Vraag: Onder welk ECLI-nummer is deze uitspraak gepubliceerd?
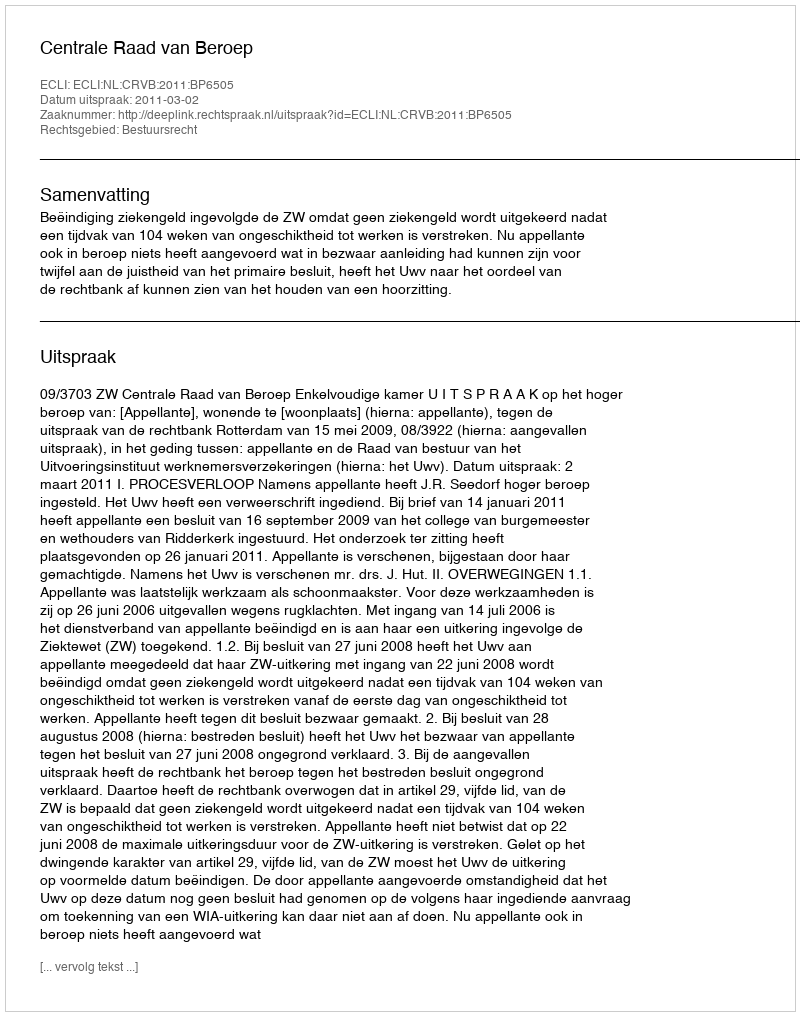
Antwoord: ECLI:NL:CRVB:2011:BP6505